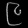
Digit: ၉